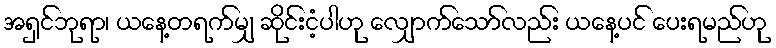
အရှင်ဘုရာ၊ ယနေ့တရက်မျှ ဆိုင်းငံ့ပါဟု လျှောက်သော်လည်း ယနေ့ပင် ပေးရမည်ဟု